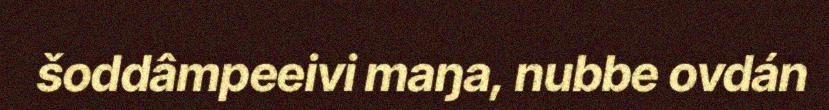
šoddâmpeeivi maŋa, nubbe ovdán